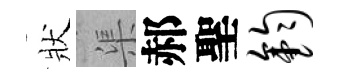
狀渠郝聖钧